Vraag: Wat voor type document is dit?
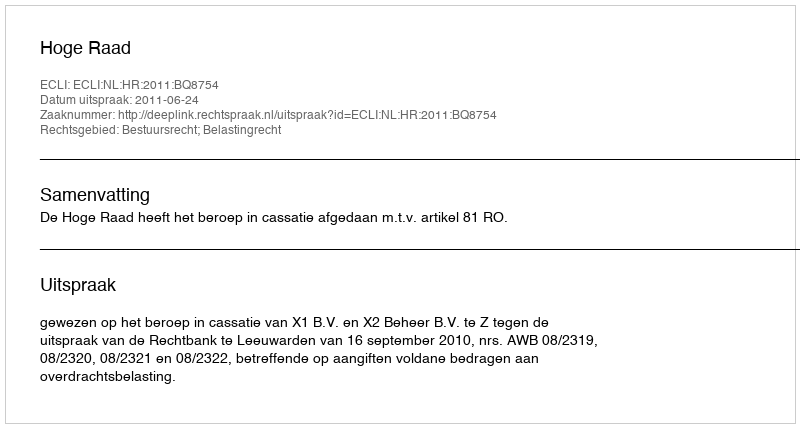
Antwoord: Uitspraak